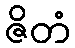
ဇိတံ